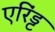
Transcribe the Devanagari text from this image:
एरिंड्ट